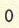
0